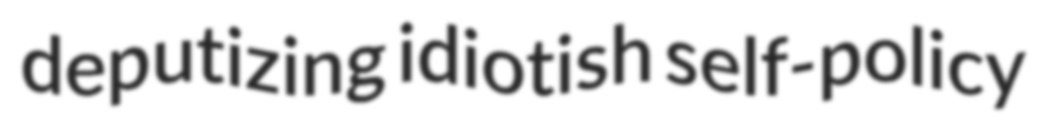
deputizing idiotish self-policy